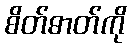
စိတ်ဓာတ်ကို